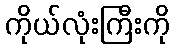
ကိုယ်လုံးကြီးကို